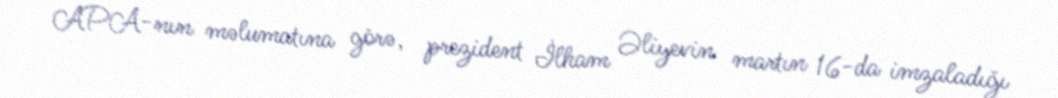
APA-nın məlumatına görə, prezident İlham Əliyevin martın 16-da imzaladığı